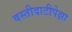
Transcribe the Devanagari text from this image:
वस्तीदाटीपेक्षा